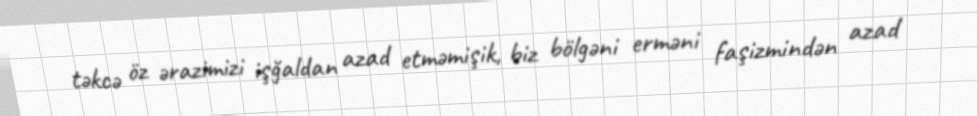
təkcə öz ərazimizi işğaldan azad etməmişik, biz bölgəni erməni faşizmindən azad